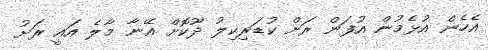
އެހެން އުޅެމުން އުފަން ރަށް ކުޑަރިކިލު ދޫކޮށް އޭނާ މާލެ އައީ ރަށު